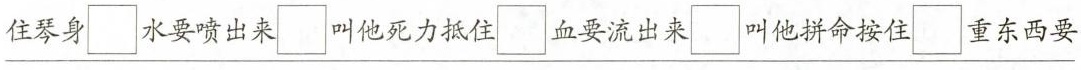
\underline{住琴身 \Box 水要喷出来 \Box 叫他死力抵住 \Box 血要流出来 \Box 叫他拼命按住 \Box 重东西要}